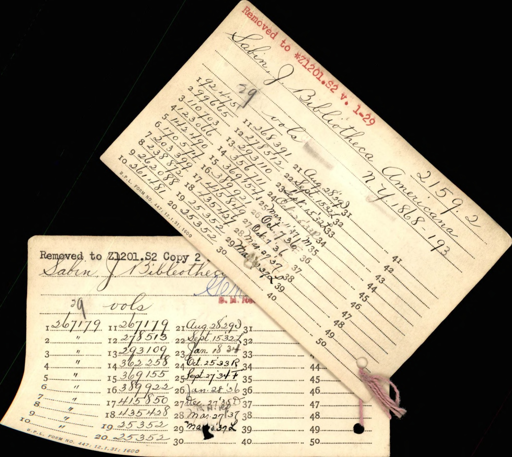
Label: content